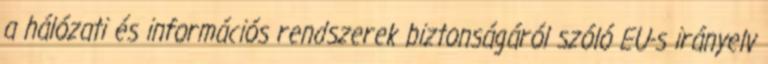
a hálózati és információs rendszerek biztonságáról szóló EU-s irányelv